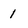
Character: 1